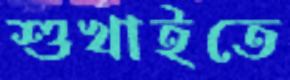
শুখাইতে